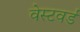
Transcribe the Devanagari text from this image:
वेस्टवर्ड